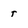
Character: t